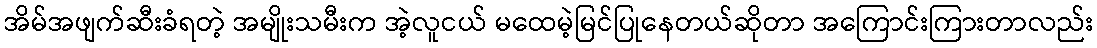
အိမ်အဖျက်ဆီးခံရတဲ့ အမျိုးသမီးက အဲ့လူငယ် မထေမဲ့မြင်ပြုနေတယ်ဆိုတာ အကြောင်းကြားတာလည်း